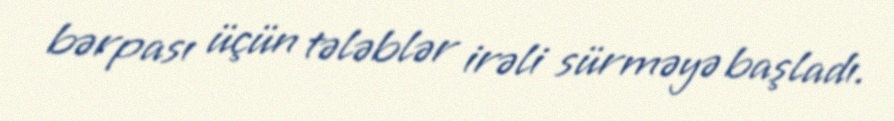
bərpası üçün tələblər irəli sürməyə başladı.